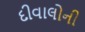
દીવાલોની